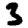
Digit: 3